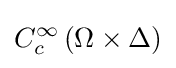
C_{c}^{\infty }\left(\Omega \times \Delta \right)